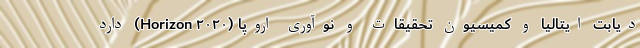
دیابت ایتالیا و کمیسیون تحقیقات و نوآوری اروپا (Horizon ۲۰۲۰) دارد